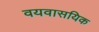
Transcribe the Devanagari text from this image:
वयवासयिक